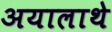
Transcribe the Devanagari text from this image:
अयालाथे